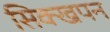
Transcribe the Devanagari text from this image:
सिक्खपन